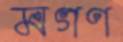
মগণ